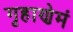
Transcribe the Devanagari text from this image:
गृहाणेमं